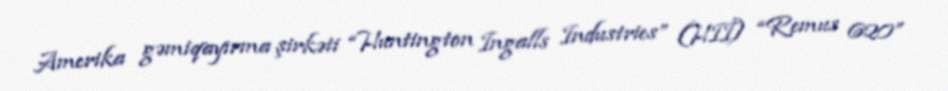
Amerika gəmiqayırma şirkəti “Huntington Ingalls Industries” (HII) “Remus 620”